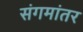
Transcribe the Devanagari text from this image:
संगमांतर